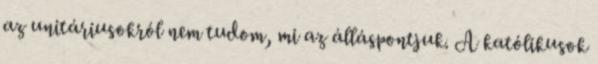
az unitáriusokról nem tudom, mi az álláspontjuk. A katólikusok